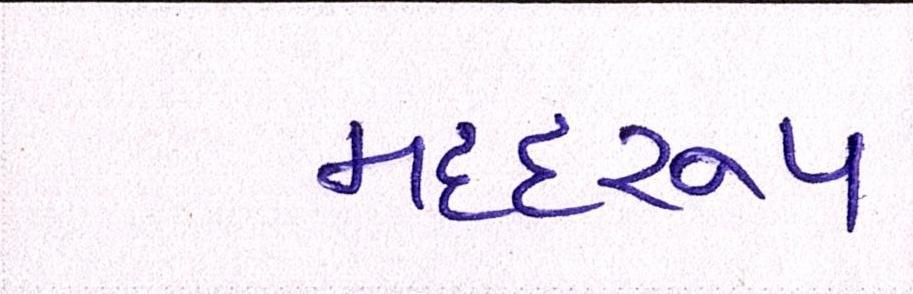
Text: મદદરુપ